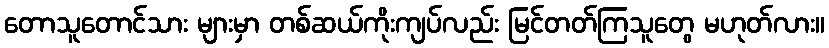
တောသူတောင်သား များမှာ တစ်ဆယ်ကိုးကျပ်လည်း မြင်တတ်ကြသူတွေ မဟုတ်လား။